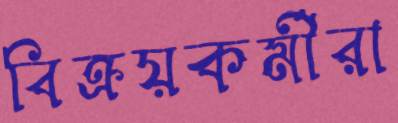
বিক্রয়কর্মীরা